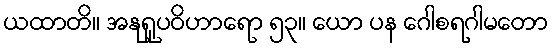
ယထာတိ။ အနုရူပဝိဟာရော ၅၃။ ယော ပန ဂေါစရဂါမတော